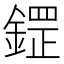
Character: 鎠